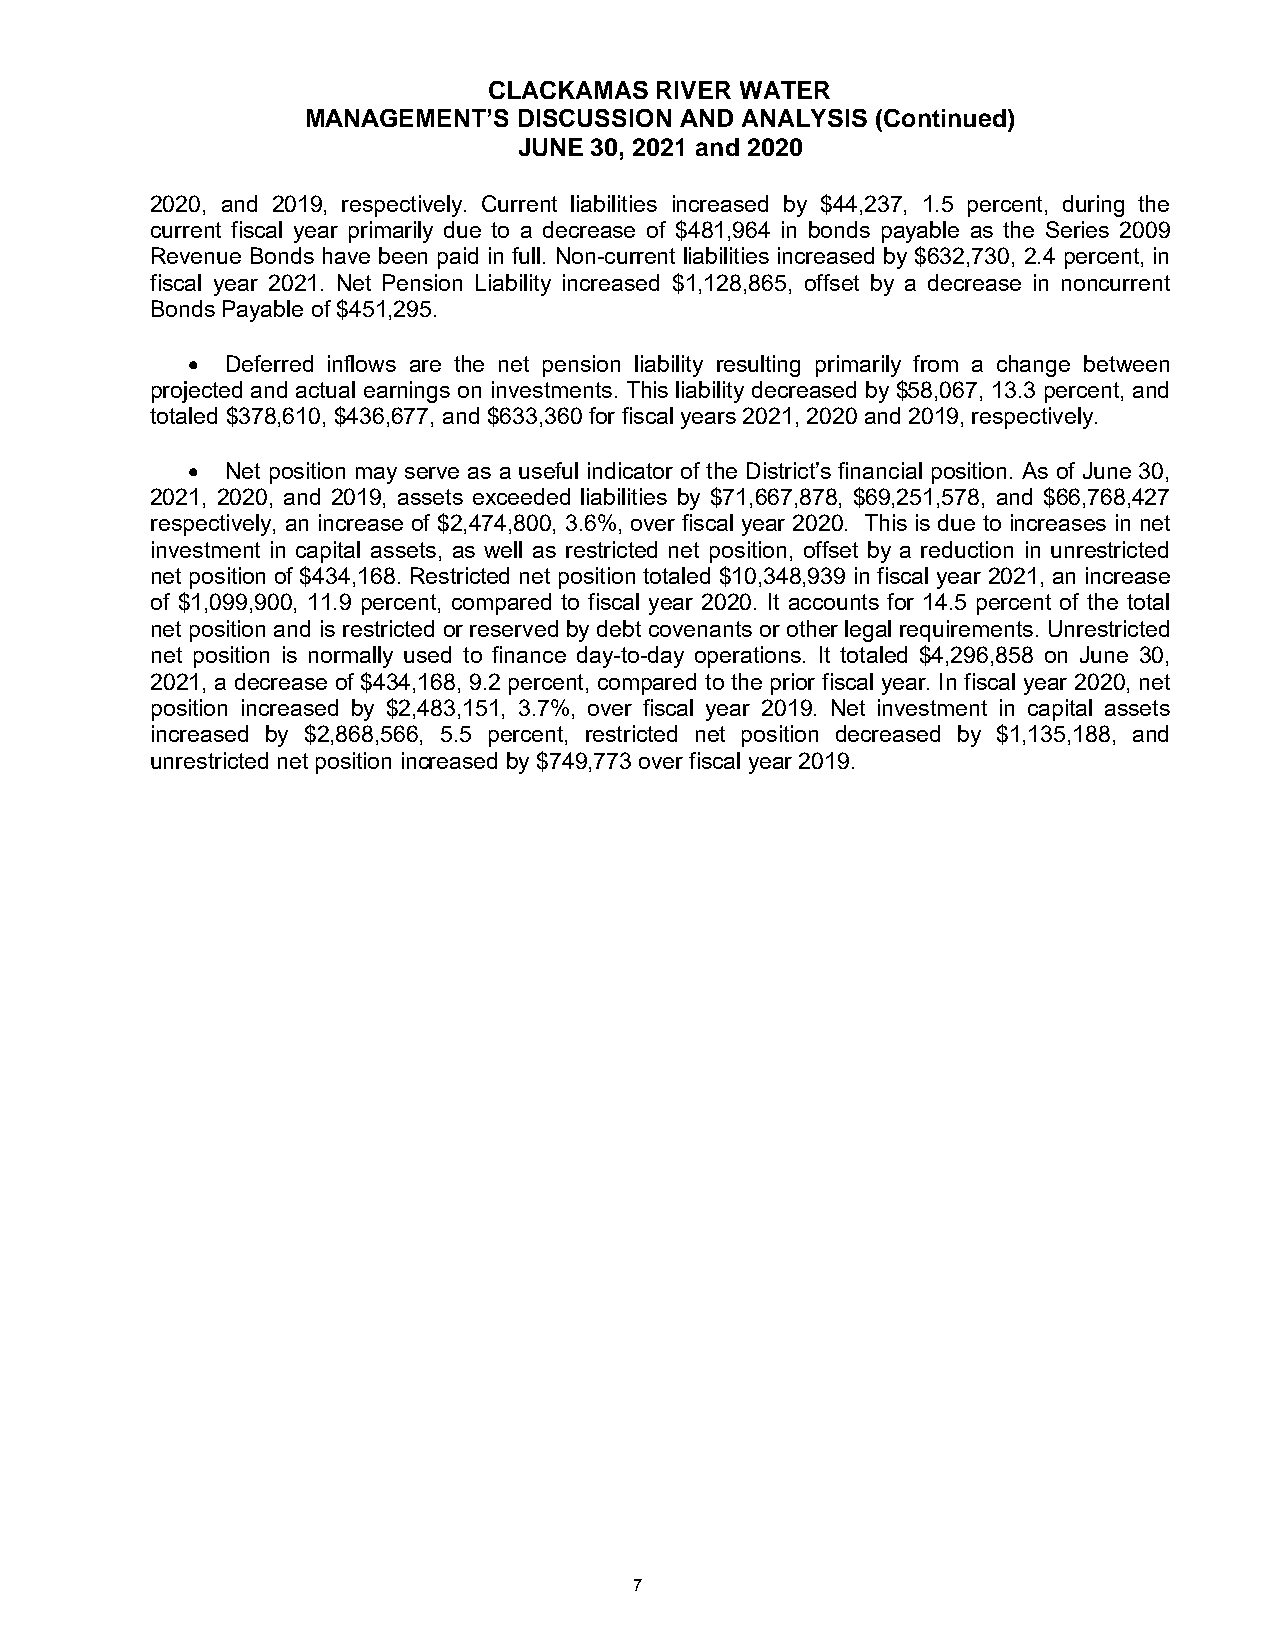
CLACKAMAS  RIVER WATER
 MANAGEMENT’S  DISCUSSION AND ANALYSIS (Continued)
 JUNE 30, 2021 and 2020
 2020, and 2019, respectively. Current liabilities increased by $44,237, 1.5 percent, during the
 current fiscal year primarily due to a decrease of $481,964 in bonds payable as the Series 2009
 Revenue Bonds have been paid in full. Non-current liabilities increased by $632,730, 2.4 percent, in
 fiscal year 2021. Net Pension Liability increased $1,128,865, offset by a decrease in noncurrent
 Bonds Payable of $451,295.
 •  Deferred inflows are the net pension liability resulting primarily from a change between
 projected and actual earnings on investments. This liability decreased by $58,067, 13.3 percent, and
 totaled $378,610, $436,677, and $633,360 for fiscal years 2021, 2020 and 2019, respectively.
 •  Net position may serve as a useful indicator of the District’s financial position. As of June 30,
 2021, 2020, and 2019, assets exceeded liabilities by $71,667,878, $69,251,578, and $66,768,427
 respectively, an increase of $2,474,800, 3.6%, over fiscal year 2020. This is due to increases in net
 investment in capital assets, as well as restricted net position, offset by a reduction in unrestricted
 net position of $434,168. Restricted net position totaled $10,348,939 in fiscal year 2021, an increase
 of $1,099,900, 11.9 percent, compared to fiscal year 2020. It accounts for 14.5 percent of the total
 net position and is restricted or reserved by debt covenants or other legal requirements. Unrestricted
 net position is normally used to finance day-to-day operations. It totaled $4,296,858 on June 30,
 2021, a decrease of $434,168, 9.2 percent, compared to the prior fiscal year. In fiscal year 2020, net
 position increased by $2,483,151, 3.7%, over fiscal year 2019. Net investment in capital assets
 increased by $2,868,566, 5.5 percent, restricted net position decreased by $1,135,188, and
 unrestricted net position increased by $749,773 over fiscal year 2019.
 7